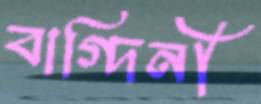
বাগ্‌দিনী